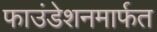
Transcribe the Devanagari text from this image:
फाउंडेशनमार्फत